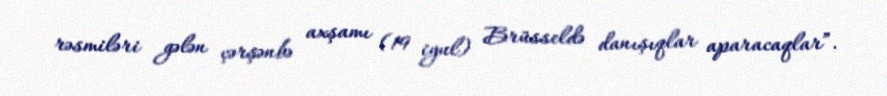
rəsmiləri gələn çərşənbə axşamı (19 iyul) Brüsseldə danışıqlar aparacaqlar”.